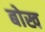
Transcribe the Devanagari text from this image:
बोख